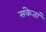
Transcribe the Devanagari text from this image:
संकेतां